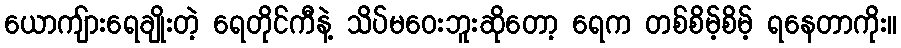
ယောကျ်ားရေချိုးတဲ့ ရေတိုင်ကီနဲ့ သိပ်မဝေးဘူးဆိုတော့ ရေက တစ်စိမ့်စိမ့် ရနေတာကိုး။